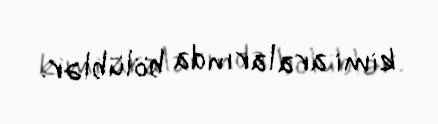
kimi aralarında bölüblər.